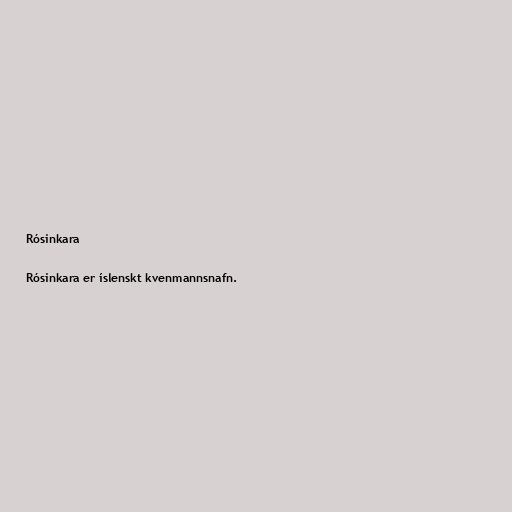
Rósinkara

Rósinkara er íslenskt kvenmannsnafn.